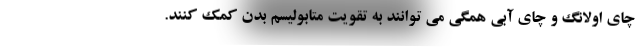
چای اولانگ و چای آبی همگی می توانند به تقویت متابولیسم بدن کمک کنند.